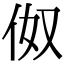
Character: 伮